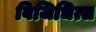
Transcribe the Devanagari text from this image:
विजिधित्स